Indian journal of veterinary science and animal husbandry - Volume 1,
Year: 1931
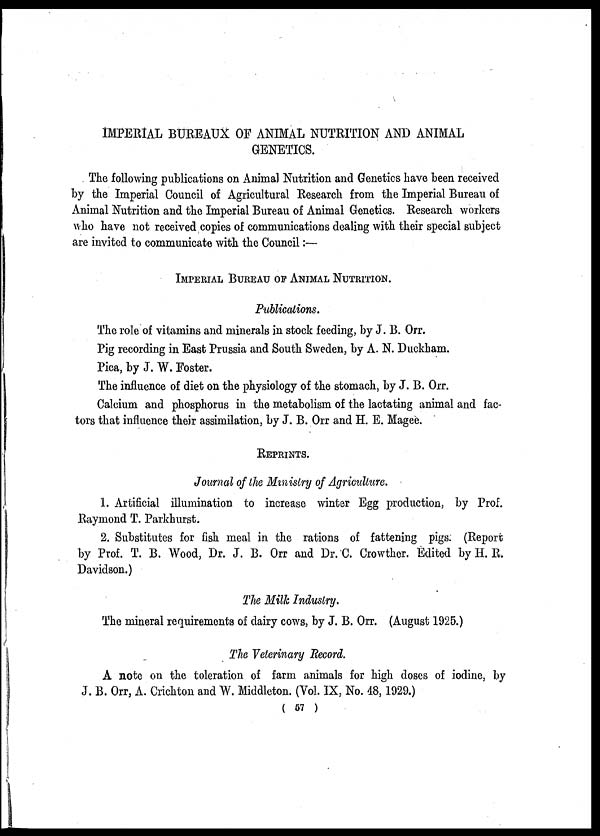
IMPERIAL BUREAUX OF ANIMAL NUTRITION AND ANIMAL
GENETICS.
The following publications on Animal Nutrition and Genetics have been received
by the Imperial Council of Agricultural Research from the Imperial Bureau of
Animal Nutrition and the Imperial Bureau of Animal Genetics. Research workers
who have not received copies of communications dealing with their special subject
are invited to communicate with the Council :—
IMPERIAL BUREAU OF ANIMAL NUTRITION.
Publications.
The role of vitamins and minerals in stock feeding, by J. B. Orr.
Pig recording in East Prussia and South Sweden, by A. N. Duckham.
Pica, by J. W. Foster.
The influence of diet on the physiology of the stomach, by J. B. Orr.
Calcium and phosphorus in the metabolism of the lactating animal and fac-
tors that influence their assimilation, by J. B. Orr and H. E. Magee.
REPRINTS.
Journal of the Ministry of Agriculture.
1. Artificial illumination to increase winter Egg production, by Prof.
Raymond T. Parkhurst.
2. Substitutes for fish meal in the rations of fattening pigs. (Report
by Prof. T. B. Wood, Dr. J. B. Orr and Dr. C. Crowther. Edited by H. R.
Davidson.)
The Milk Industry.
The mineral requirements of dairy cows, by J. B. Orr. (August 1925.)
The Veterinary Record.
A note on the toleration of farm animals for high doses of iodine, by
J. B. Orr, A. Crichton and W. Middleton. (Vol. IX, No. 48, 1929.)
( 57 )